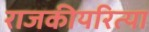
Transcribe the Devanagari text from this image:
राजकीयरित्या